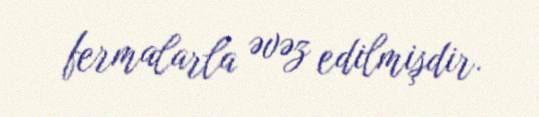
fermalarla əvəz edilmişdir.